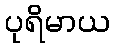
ပုရိမာယ